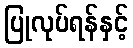
ပြုလုပ်ရန်နှင့်